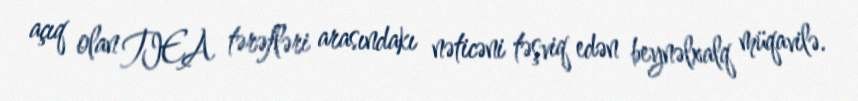
açıq olan TIEA tərəfləri arasındakı nəticəni təşviq edən beynəlxalq müqavilə.